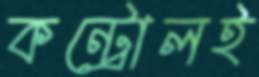
কন্ট্রোলই